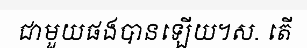
ជាមួយផងបានឡើយ។ស. តើ